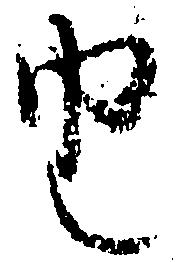
由